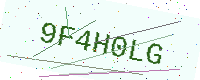
Text: 9F4H0LG